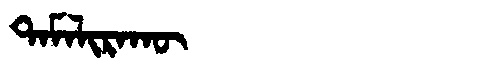
Manchu: ᡨᠠᠮᠠᠯᡳᡵᠠᡴᡡ
Romanization: TAMALIRAKŪ